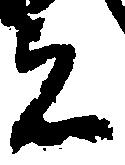
者